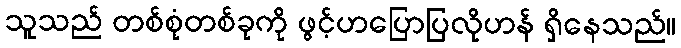
သူသည် တစ်စုံတစ်ခုကို ဖွင့်ဟပြောပြလိုဟန် ရှိနေသည်။